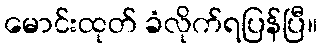
မောင်းထုတ် ခံလိုက်ရပြန်ပြီ။